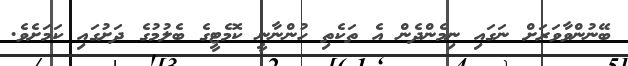
ބޭނުންވާވަރަށް ނަގައި ނިމެންދެން އެ ތަކެތި ހުންނާނީ ކޮމެޓީގެ ބެލުމުގެ ދަށުގައި ކަމަށެވެ.